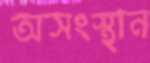
অসংস্থান